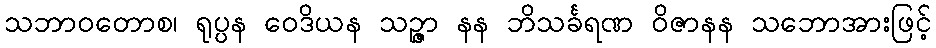
သဘာဝတောစ၊ ရုပ္ပန ဝေဒိယန သဉ္ဇာ နန ဘိသင်္ခရဏ ဝိဇာနန သဘောအားဖြင့်